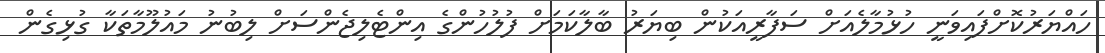
ހައްޔަރުކޮށްފައިވަނީ ހުޅުމާލެއަށް ސަފާރީއަކުން ބިޔަރު ބާލާކަމަށް ފުލުހުންގެ އިންޓެލިޖެންސަށް ލިބުނު މައުލޫމާތަކާ ގުޅިގެން